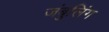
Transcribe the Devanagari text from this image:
जंबुलिंग